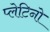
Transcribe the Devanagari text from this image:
प्लेटिनो